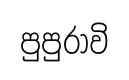
පුපුරාවි